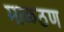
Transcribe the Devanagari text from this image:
माळठण